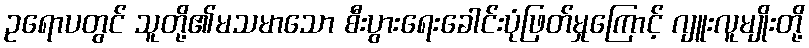
ဥရောပတွင် သူတို့၏မသမာသော စီးပွားရေးခေါင်းပုံဖြတ်မှုကြောင့် ဂျူးလူမျိုးတို့